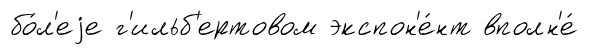
бо́л'еjе г'ильб'ертовом экспон'е́нт вполн'е́